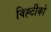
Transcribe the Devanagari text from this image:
विह्टीको